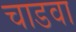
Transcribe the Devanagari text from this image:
चाडवा